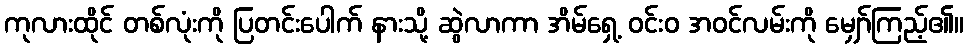
ကုလားထိုင် တစ်လုံးကို ပြတင်းပေါက် နားသို့ ဆွဲလာကာ အိမ်ရှေ့ ဝင်းဝ အဝင်လမ်းကို မျှော်ကြည့်၏။